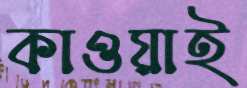
কাওয়াই